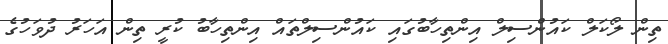
ތިން ލޯކަލް ކައުންސިލް އިންތިހާބުގައި ކައުންސިލްތައް އިންތިހާބު ކުރީ ތިން އަހަރު ދުވަހުގެ